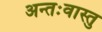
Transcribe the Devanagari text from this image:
अन्तःवास्तु